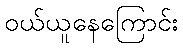
ဝယ်ယူနေကြောင်း